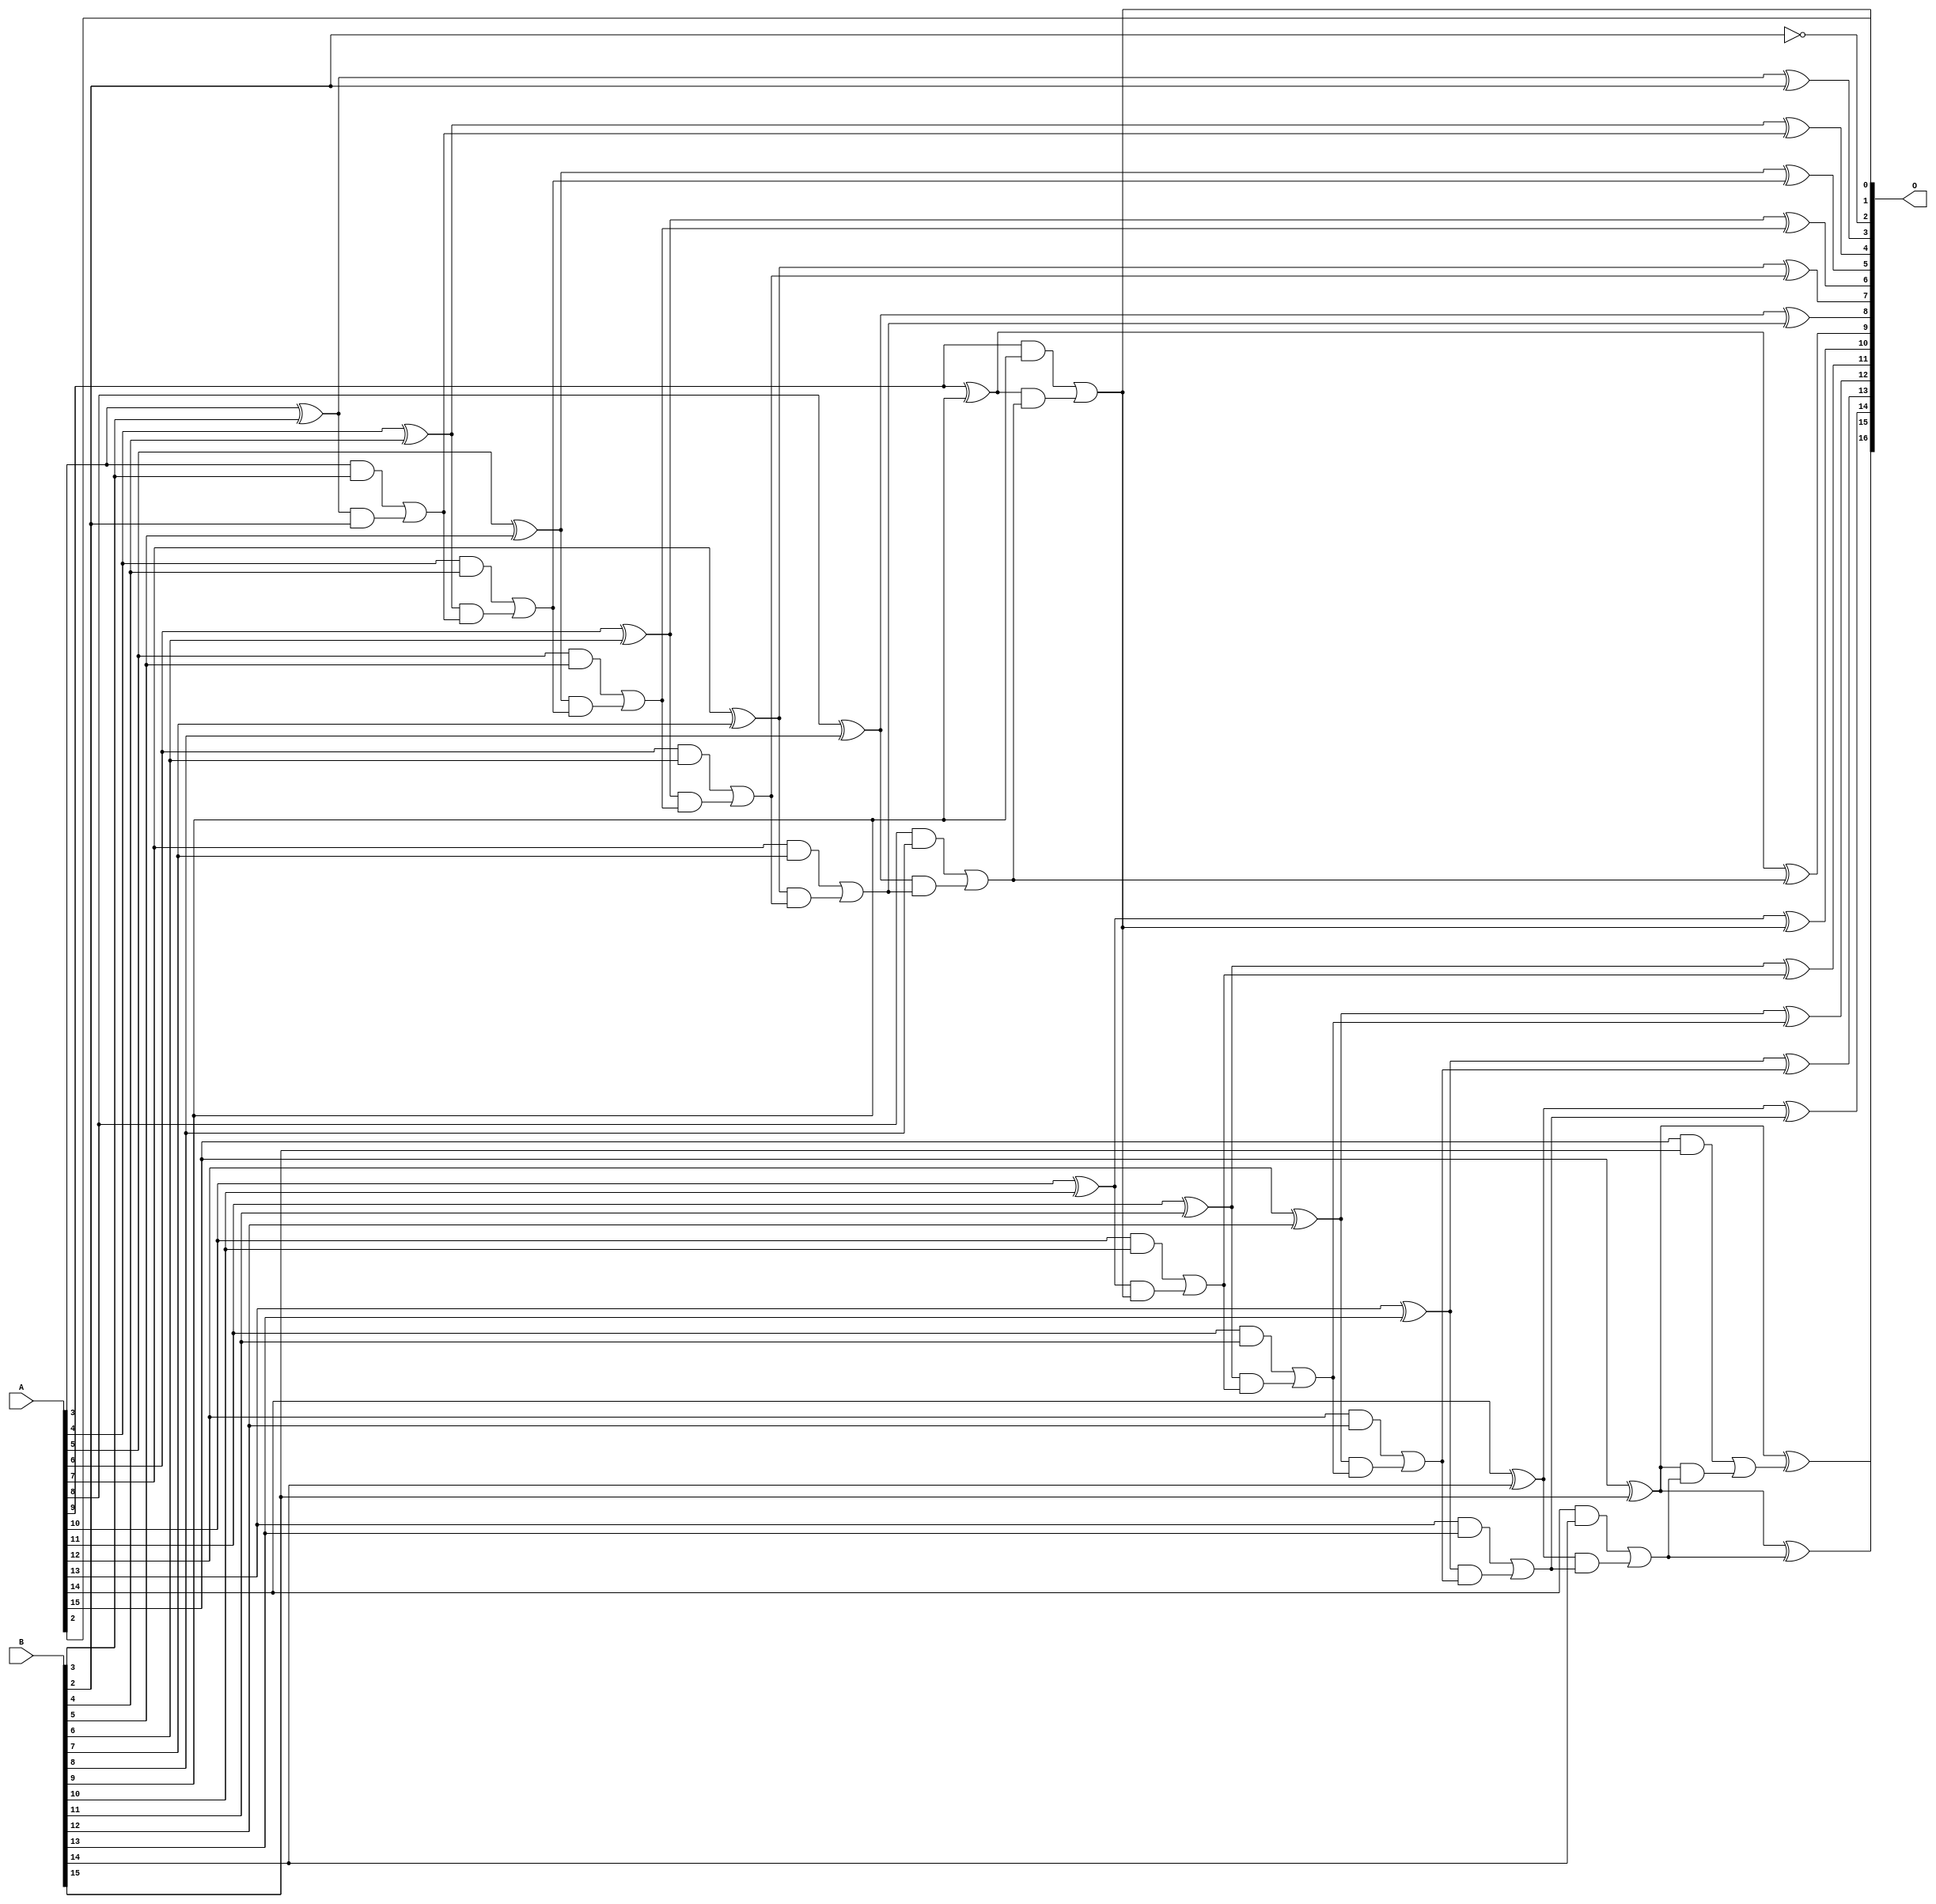
/***
* This code is a part of EvoApproxLib library (ehw.fit.vutbr.cz/approxlib) distributed under The MIT License.
* When used, please cite the following article(s): V. Mrazek, L. Sekanina, Z. Vasicek "Libraries of Approximate Circuits: Automated Design and Application in CNN Accelerators" IEEE Journal on Emerging and Selected Topics in Circuits and Systems, Vol 10, No 4, 2020 
* This file contains a circuit from a sub-set of pareto optimal circuits with respect to the pwr and mse parameters
***/
// MAE% = 0.0024 %
// MAE = 1.6 
// WCE% = 0.0076 %
// WCE = 5.0 
// WCRE% = 400.00 %
// EP% = 81.25 %
// MRE% = 0.053 %
// MSE = 4.0 
// PDK45_PWR = 0.062 mW
// PDK45_AREA = 121.5 um2
// PDK45_DELAY = 1.08 ns

module add16se_259 (
    A,
    B,
    O
);

input [15:0] A;
input [15:0] B;
output [16:0] O;

wire sig_42,sig_44,sig_45,sig_46,sig_47,sig_48,sig_49,sig_50,sig_51,sig_52,sig_53,sig_54,sig_55,sig_56,sig_57,sig_58,sig_59,sig_60,sig_61,sig_62;
wire sig_63,sig_64,sig_65,sig_66,sig_67,sig_68,sig_69,sig_70,sig_71,sig_72,sig_73,sig_74,sig_75,sig_76,sig_77,sig_78,sig_79,sig_80,sig_81,sig_82;
wire sig_83,sig_84,sig_85,sig_86,sig_87,sig_88,sig_89,sig_90,sig_91,sig_92,sig_93,sig_94,sig_95,sig_96,sig_97,sig_98,sig_99,sig_100,sig_101,sig_102;
wire sig_103,sig_104,sig_105,sig_106,sig_107,sig_108,sig_109,sig_110;

assign sig_42 = ~B[2];
assign sig_44 = A[3] ^ B[3];
assign sig_45 = A[3] & B[3];
assign sig_46 = sig_44 & B[2];
assign sig_47 = sig_44 ^ B[2];
assign sig_48 = sig_45 | sig_46;
assign sig_49 = A[4] ^ B[4];
assign sig_50 = A[4] & B[4];
assign sig_51 = sig_49 & sig_48;
assign sig_52 = sig_49 ^ sig_48;
assign sig_53 = sig_50 | sig_51;
assign sig_54 = A[5] ^ B[5];
assign sig_55 = A[5] & B[5];
assign sig_56 = sig_54 & sig_53;
assign sig_57 = sig_54 ^ sig_53;
assign sig_58 = sig_55 | sig_56;
assign sig_59 = A[6] ^ B[6];
assign sig_60 = A[6] & B[6];
assign sig_61 = sig_59 & sig_58;
assign sig_62 = sig_59 ^ sig_58;
assign sig_63 = sig_60 | sig_61;
assign sig_64 = A[7] ^ B[7];
assign sig_65 = A[7] & B[7];
assign sig_66 = sig_64 & sig_63;
assign sig_67 = sig_64 ^ sig_63;
assign sig_68 = sig_65 | sig_66;
assign sig_69 = A[8] ^ B[8];
assign sig_70 = A[8] & B[8];
assign sig_71 = sig_69 & sig_68;
assign sig_72 = sig_69 ^ sig_68;
assign sig_73 = sig_70 | sig_71;
assign sig_74 = A[9] ^ B[9];
assign sig_75 = A[9] & B[9];
assign sig_76 = sig_74 & sig_73;
assign sig_77 = sig_74 ^ sig_73;
assign sig_78 = sig_75 | sig_76;
assign sig_79 = A[10] ^ B[10];
assign sig_80 = A[10] & B[10];
assign sig_81 = sig_79 & sig_78;
assign sig_82 = sig_79 ^ sig_78;
assign sig_83 = sig_80 | sig_81;
assign sig_84 = A[11] ^ B[11];
assign sig_85 = A[11] & B[11];
assign sig_86 = sig_84 & sig_83;
assign sig_87 = sig_84 ^ sig_83;
assign sig_88 = sig_85 | sig_86;
assign sig_89 = A[12] ^ B[12];
assign sig_90 = A[12] & B[12];
assign sig_91 = sig_89 & sig_88;
assign sig_92 = sig_89 ^ sig_88;
assign sig_93 = sig_90 | sig_91;
assign sig_94 = A[13] ^ B[13];
assign sig_95 = A[13] & B[13];
assign sig_96 = sig_94 & sig_93;
assign sig_97 = sig_94 ^ sig_93;
assign sig_98 = sig_95 | sig_96;
assign sig_99 = A[14] ^ B[14];
assign sig_100 = A[14] & B[14];
assign sig_101 = sig_99 & sig_98;
assign sig_102 = sig_99 ^ sig_98;
assign sig_103 = sig_100 | sig_101;
assign sig_104 = A[15] ^ B[15];
assign sig_105 = A[15] & B[15];
assign sig_106 = sig_104 & sig_103;
assign sig_107 = sig_104 ^ sig_103;
assign sig_108 = sig_105 | sig_106;
assign sig_109 = A[15] ^ B[15];
assign sig_110 = sig_109 ^ sig_108;

assign O[16] = sig_110;
assign O[15] = sig_107;
assign O[14] = sig_102;
assign O[13] = sig_97;
assign O[12] = sig_92;
assign O[11] = sig_87;
assign O[10] = sig_82;
assign O[9] = sig_77;
assign O[8] = sig_72;
assign O[7] = sig_67;
assign O[6] = sig_62;
assign O[5] = sig_57;
assign O[4] = sig_52;
assign O[3] = sig_47;
assign O[2] = sig_42;
assign O[1] = A[2];
assign O[0] = sig_78;

endmodule